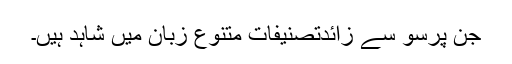
جن پرسو سے زائدتصنیفات متنوع زبان میں شاہد ہیں۔